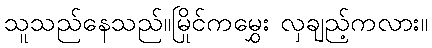
သူသည်နေသည်။မြိုင်ကမွှေး လှချည့်ကလား။